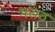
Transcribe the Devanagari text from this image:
मराठ